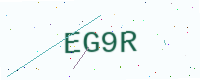
Text: EG9R